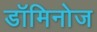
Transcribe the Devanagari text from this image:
डॉमिनोज